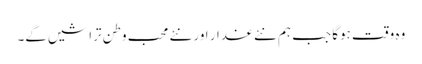
وہ وقت ہوگا جب ہم نئے غدار اور نئے محب وطن تراشیں گے۔